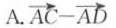
A.$$\overrightarrow { A C } - \overrightarrow { A D }$$